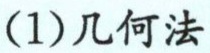
(1)几何法